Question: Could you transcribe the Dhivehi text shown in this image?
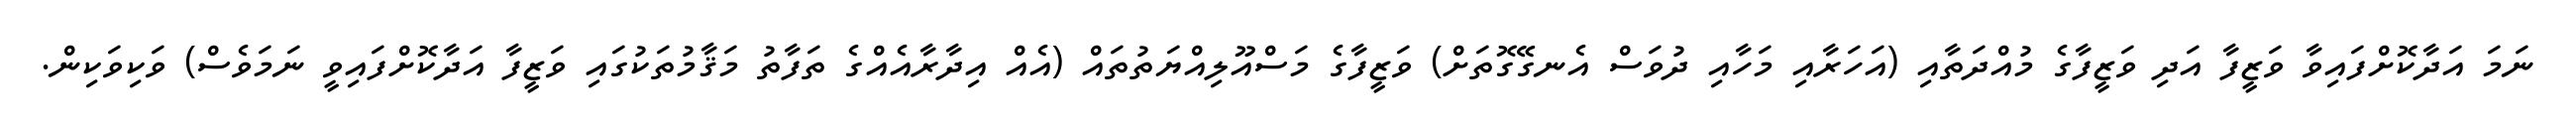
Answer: ނަމަ އަދާކޮށްފައިވާ ވަޒީފާ އަދި ވަޒީފާގެ މުއްދަތާއި (އަހަރާއި މަހާއި ދުވަސް އެނގޭގޮތަށް) ވަޒީފާގެ މަސްއޫލިއްޔަތުތައް (އެއް އިދާރާއެއްގެ ތަފާތު މަޤާމުތަކުގައި ވަޒީފާ އަދާކޮށްފައިވީ ނަމަވެސް) ވަކިވަކިން.